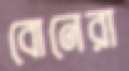
বোনেরা